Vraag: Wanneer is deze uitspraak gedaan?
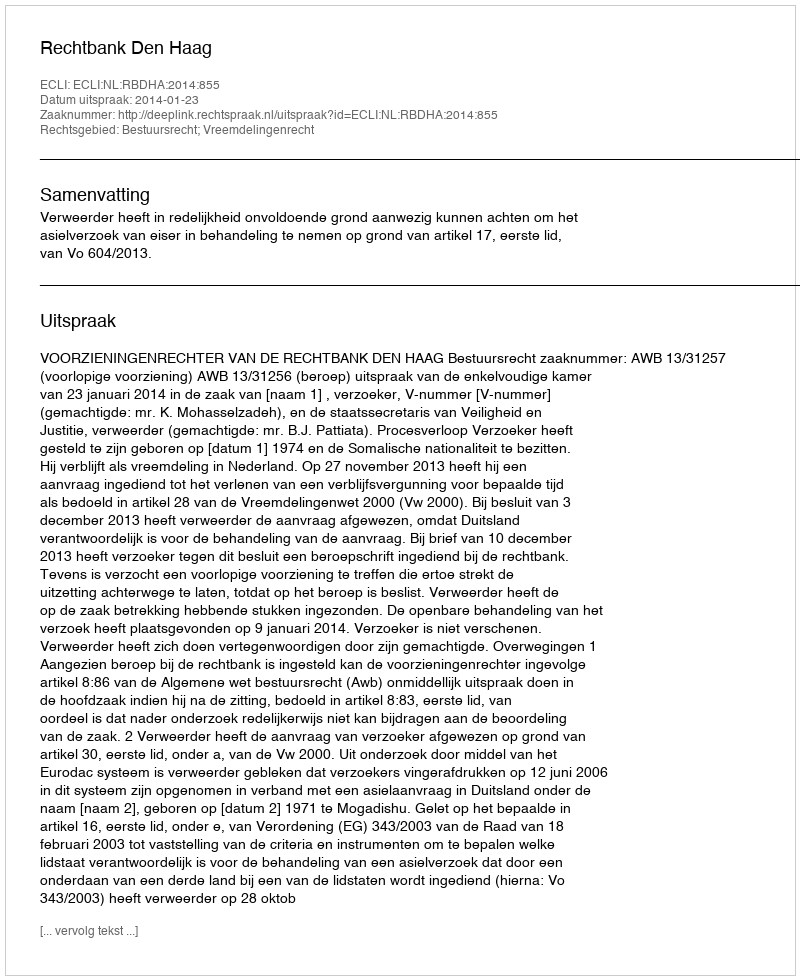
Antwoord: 2014-01-23